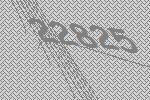
22825